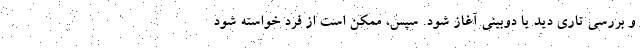
و بررسی تاری دید یا دوبینی آغاز شود. سپس، ممکن است از فرد خواسته شود